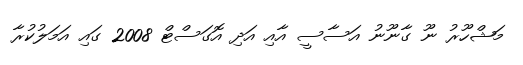
މަޝްހޫރު ނޫ ގާނޫނު އަސާސީ އާއި އަދި އޮގަސްޓް 2008 ގައި އަމަލުކުރާ